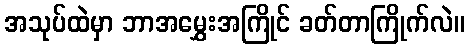
အသုပ်ထဲမှာ ဘာအမွှေးအကြိုင် ခတ်တာကြိုက်လဲ။